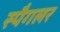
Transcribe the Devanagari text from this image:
स्पैगलर